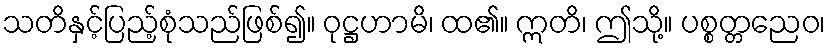
သတိနှင့်ပြည့်စုံသည်ဖြစ်၍။ ဝုဋ္ဌဟာမိ၊ ထ၏။ ဣတိ၊ ဤသို့။ ပစ္စတ္တညေဝ၊